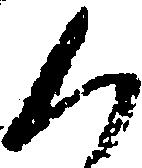
く